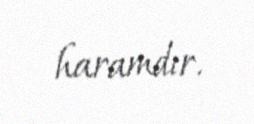
haramdır.